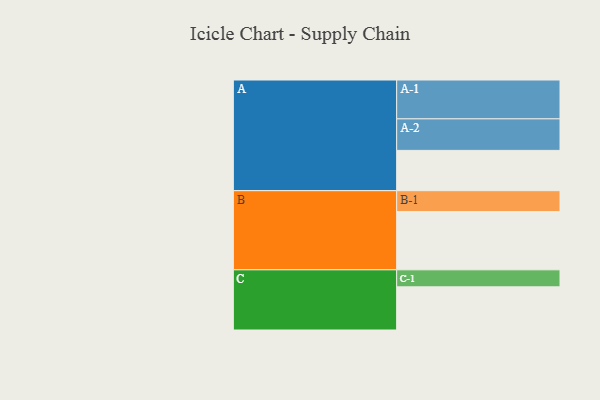
{"axis": {"x": "Segment", "y": "Value"}, "legend": ["", "A", "B", "C"], "data": [{"x": "A", "y": 308, "type": ""}, {"x": "B", "y": 445, "type": ""}, {"x": "C", "y": 330, "type": ""}, {"x": "A-1", "y": 297, "type": "A"}, {"x": "A-2", "y": 241, "type": "A"}, {"x": "B-1", "y": 160, "type": "B"}, {"x": "C-1", "y": 130, "type": "C"}]}